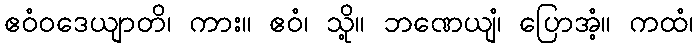
ဧဝံဝဒေယျာတိ၊ ကား။ ဧဝံ၊ သို့။ ဘဏေယျံ၊ ပြောအံ့။ ကထံ၊